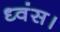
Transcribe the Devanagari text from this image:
ध्वंस।